Vaccination North-Western Provinces and Oudh 1878-1895 - 1878-1895
Year: 1878
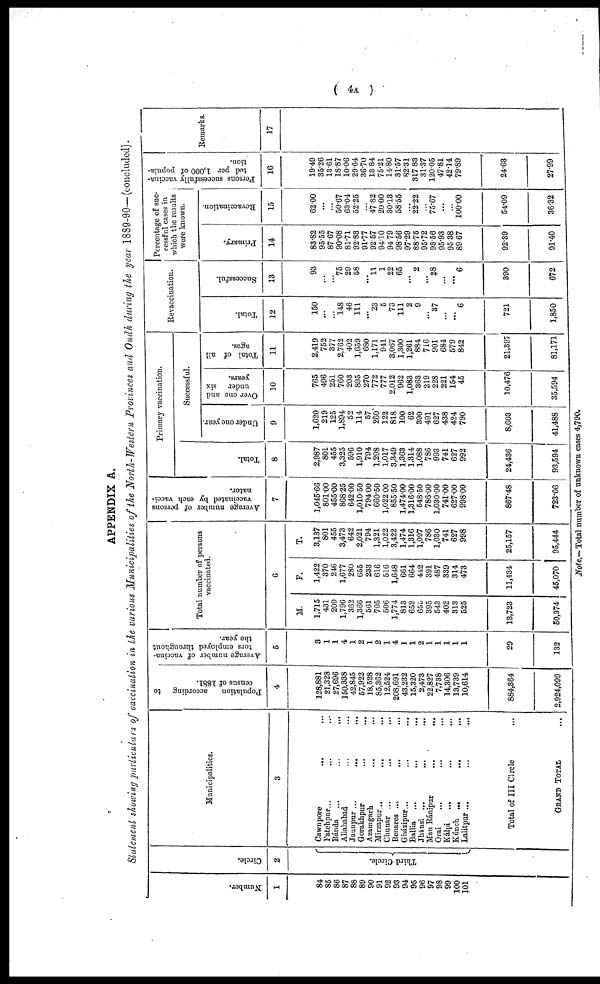
( 4A
)
APPENDIX A.
Statement showing particulars of vaccination in the various Municipalities of the North-Western Provinces and Oudh during the year 1889-90—(concluded).
Number.
1
84
85
86
87
88
89
90
91
92
93
94
95
96
97
98
99
100
101
Circle.
2
Third Circle.
Municipalities.
3
Cawnpore ... ...
Fatehpur... ... ...
Bánda ...
...
Allahabad ... ...
Jaunpur ... ... ...
Gorakhpur ... ...
Azamgarh ... ...
Mirzapur... ... ...
Chunar ...
... ...
Benares ... ... ...
Gházipur... ... ...
Ballia ... ... ...
Jhansi ...
... ...
Mau Ránipur ... ...
Orai ... ... ...
Kálpi
... ... ...
Kúnch ... ...
...
Lalitpur ...
...
...
Total of III Circle ...
GRAND TOTAL ...
Population
according to
census of 1881.
4
128,881
21,328
27,696
150,338
42,845
57,922
18,528
85,362
2,524
208,691
43,232
15,320
2,473
22,827
7,738
14,306
13,739
10,614
884,364
2,924,099
Average number of vaccina¬
tors employed throughout
the year.
5
3
1
1
4
1
2
1
2
1
4
1
1
2
1
1
1
1
1
29
132
Total number of persons
vaccinated.
6
M.
1,715
431
209
1,796
362
1,366
561
705
506
1,774
813
652
655
395
543
402
313
525
13,723
50,374
F.
1,422
370
246
1,677
280
655
233
616
516
1,648
661
664
442
391
487
339
314
473
11,434
45,070
T.
3,137
801
455
3,473
642
2,021
794
1,321
1,022
3,422
1,174
1,316
1,097
786
1,030
741
627
998
25,157
95,444
Average number of persons
vaccinated by each vacci¬
nator.
7
1,045.66
801.00
45500
868.25
642.00
1,010.50
794. 00
660.50
1,022.00
855.50
1,474.00
1,316.00
548.50
786.00
1,030.0
741.00
627.00
998.00
867.48
723.06
Primary vaccination.
Total.
8
2,987
801
455
3,325
596
1,910
794
1,298
1,017
3,349
1,363
1,314
1,088
786
993
741
627
992
24,436
93,594
Successful.
Under one year.
9
1,620
219
125
1,894
52
114
57
260
122
818
100
62
390
491
627
438
424
790
8,603
41,488
Over one and
under six
years.
10
765
496
251
760
203
895
270
772
777
2,012
962
1,083
363
219
228
221
154
45
10,476
35,594
Total of all
ages.
11
2,419
752
377
2,762
402
1,659
680
1,171
941
3,067
1,300
1,261
884
716
901
684
579
842
21,397
81,171
Revaccination.
Total.
12
150
...
...
148
46
111
...
23
5
73
111
2
9
...
37
...
...
6
721
1,850
Successful.
13
93
...
...
75
29
58
...
11
1
22
65
...
2
...
28
...
...
6
390
672
Percentage of suc¬
cessful cases in
which the results
were known.
Primary.
14
83.82
95.55
87. 67
90.08
81.71
92.83
91.77
92.57
94.10
94.79
98.56
97.29
88.75
95.72
93.56
95.93
95.38
89.67
92.39
91.40
Revaccination.
15
62.00
...
...
50.67
63.04
52.25
...
47.82
20.00
30.13
58.55
...
22.22
75.67
...
...
100.00
54.09
36.32
Persons successfully vaccina¬
ted per 1,000 of popula-
tion.
16
19.49
35.26
13.61
18.87
10.06
29.64
36.70
13.84
75.21
14.80
31.57
82.31
317.83
31.37
120.05
47.81
42.14
79.89
24.63
27.99
Remarks.
17
Note.— Total number of unknown cases 4,790.